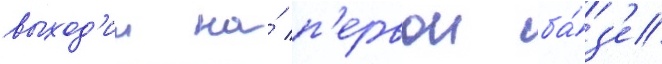
выход'ил на́ п'ервои ба́з'е